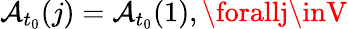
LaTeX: \mathcal{A}_{t_{0}}(j)=\mathcal{A}_{t_{0}}(1),\forallj\inV